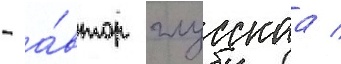
- а́втор глусскаа /